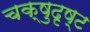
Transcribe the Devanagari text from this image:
चक्षुदृष्ट